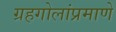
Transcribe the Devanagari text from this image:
ग्रहगोलांप्रमाणे